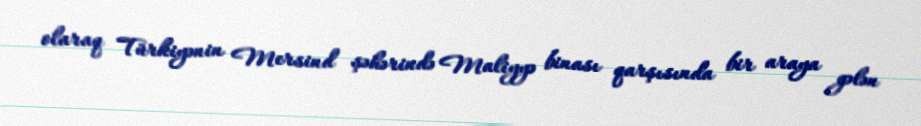
olaraq Türkiyənin Mersind şəhərində Maliyyə binası qarşısında bir araya gələn